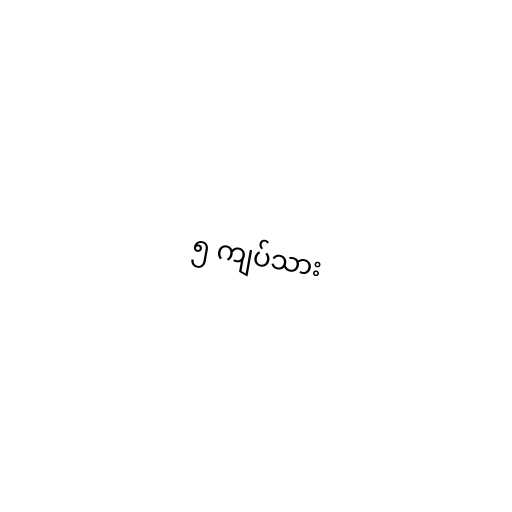
၅ ကျပ်သား